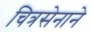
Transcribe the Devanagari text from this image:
चित्रसेनाने